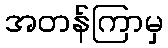
အတန်ကြာမှ